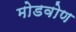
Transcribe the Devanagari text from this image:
मोडवोण